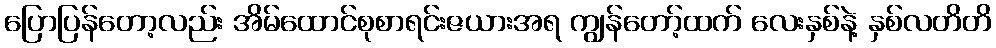
ပြောပြန်တော့လည်း အိမ်ထောင်စုစာရင်းဇယားအရ ကျွန်တော့်ထက် လေးနှစ်နဲ့ နှစ်လတိတိ